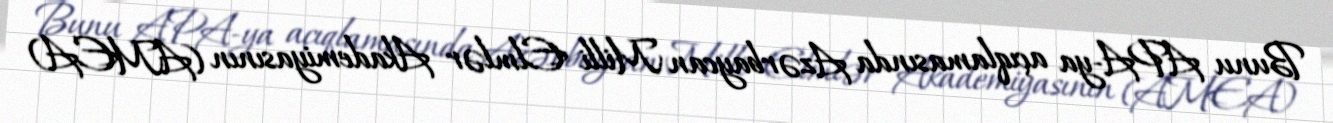
Bunu APA-ya açıqlamasında Azərbaycan Milli Elmlər Akademiyasının (AMEA)